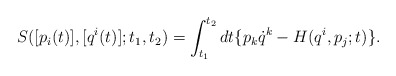
\begin{align*}{S}([p_i(t)], [ q^i(t)]; t_1, t_2) =\int_{t_1}^{t_2}dt \{p_{k }{\dot q}^k -{H}({q^i}, {p}_{j};t)\}.\end{align*}